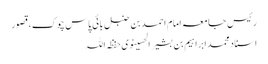
رئیس جامعہ امام احمد بن حنبل بائی پاس چوک،قصور
اسناد محمدابراہیم بن بشیر الحسینوی حفظہ اللہ